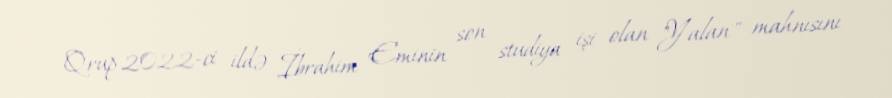
Qrup 2022-ci ildə İbrahim Eminin son studiya işi olan "Yalan" mahnısını